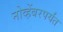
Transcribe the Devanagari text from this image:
नोव्हेंबरपर्यंत